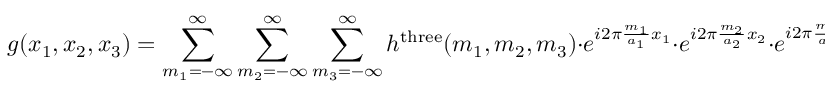
g ( x _ { 1 } , x _ { 2 } , x _ { 3 } ) = \sum _ { m _ { 1 } = - \infty } ^ { \infty } \sum _ { m _ { 2 } = - \infty } ^ { \infty } \sum _ { m _ { 3 } = - \infty } ^ { \infty } h ^ { \mathrm { t h r e e } } ( m _ { 1 } , m _ { 2 } , m _ { 3 } ) \cdot e ^ { i 2 \pi { \frac { m _ { 1 } } { a _ { 1 } } } x _ { 1 } } \cdot e ^ { i 2 \pi { \frac { m _ { 2 } } { a _ { 2 } } } x _ { 2 } } \cdot e ^ { i 2 \pi { \frac { m _ { 3 } } { a _ { 3 } } } x _ { 3 } }